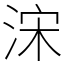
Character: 浨